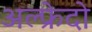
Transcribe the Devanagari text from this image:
अल्फ्रेदो